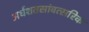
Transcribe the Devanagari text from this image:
अर्धशतसांवत्सरिक